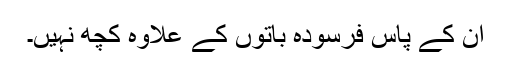
ان کے پاس فرسودہ باتوں کے علاوہ کچھ نہیں۔